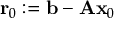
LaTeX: \mathbf { r } _ { 0 } : = \mathbf { b } - \mathbf { A x } _ { 0 }